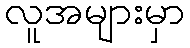
လူအများမှာ